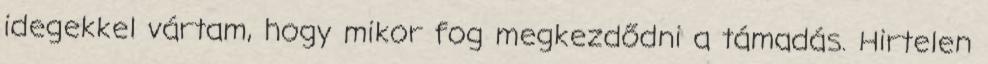
idegekkel vártam, hogy mikor fog megkezdődni a támadás. Hirtelen